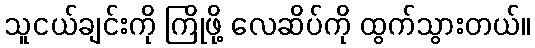
သူငယ်ချင်းကို ကြိုဖို့ လေဆိပ်ကို ထွက်သွားတယ်။